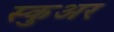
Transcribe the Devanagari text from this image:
स्कुअर